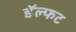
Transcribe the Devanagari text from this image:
डॅल्फट